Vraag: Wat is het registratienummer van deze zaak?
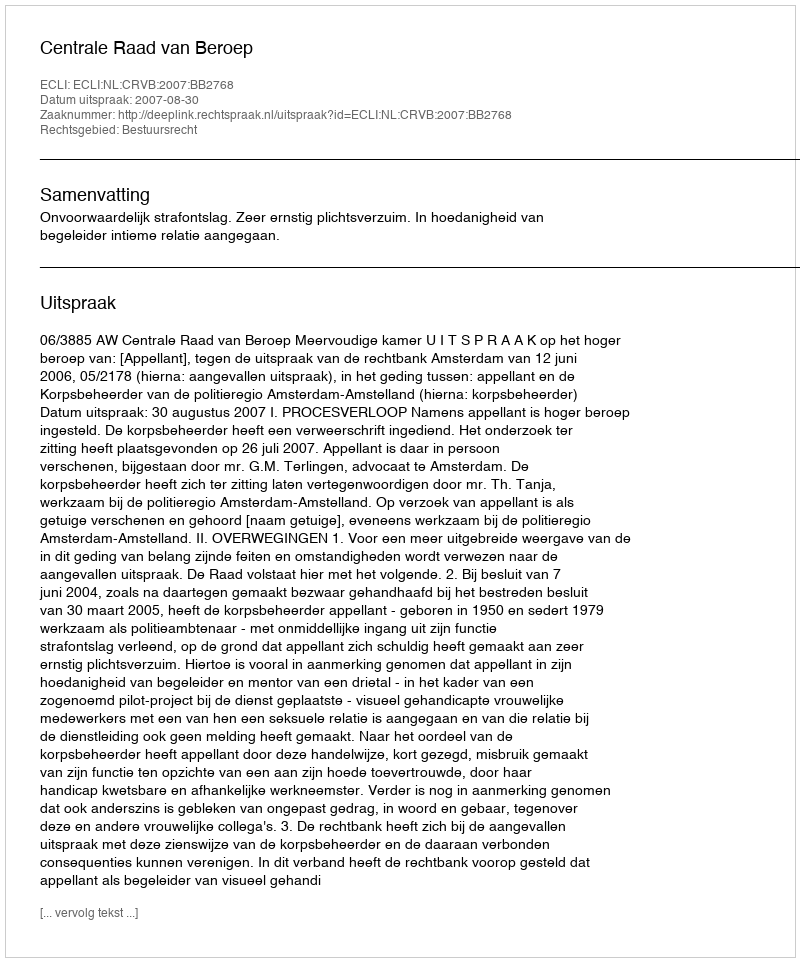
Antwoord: http://deeplink.rechtspraak.nl/uitspraak?id=ECLI:NL:CRVB:2007:BB2768